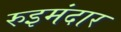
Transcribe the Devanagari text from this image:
रुइमंदार